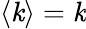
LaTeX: \langle\mathit{k}\rangle=\mathit{k}